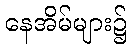
နေအိမ်များ၌